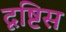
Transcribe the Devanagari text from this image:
दृष्टिस